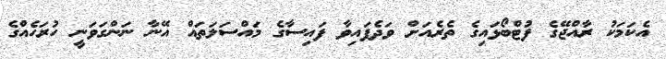
އެކަމަކު ރާއްޖޭގެ ފުޓްބޯޅައިގެ ތެރެއަށް ވަދެފައިވާ ފައިސާގެ މައްސަލަތައް އޭނާ ނަންގަވަނީ ހުރަހެއްގެ